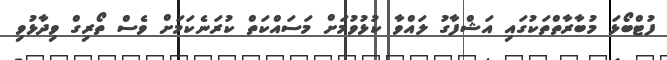
ފުޓްބޯޅަ މުބާރާތްތަކުގައި އަޝްފާގު ލައްވާ ކުޅުވުމަށް މަސައްކަތް ކުރަނެކަމަށް ވެސް ތޯރިގް ވިދާޅުވި